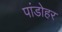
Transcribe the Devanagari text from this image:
पांडोहर